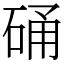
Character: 硧